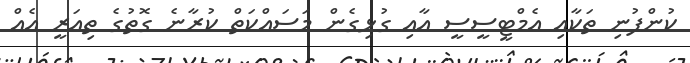
ކުންފުނި ތަކާއި އެމްޓީސީސީ އާއި ގުޅިގެން މަސައްކަތް ކުރާނެ ގޮތުގެ ތިއަރީ އެއް